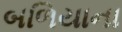
બળિયાના